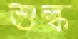
শুল্ক